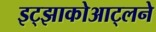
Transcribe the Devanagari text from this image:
इट्झाकोआट्लने